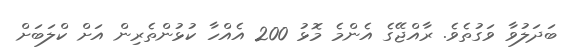
ބަދަލުވާ ވަގުތެވެ. ރާއްޖޭގެ އެންމެ މޮޅު 200 އެއްހާ ކުޅުންތެރިން އަށް ކްލަބަށް